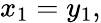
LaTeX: x_{1}=y_{1},